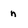
Character: n